65_HS1-834228961_62-HQ-83894_Section_3
Agency: FBI
Page 110
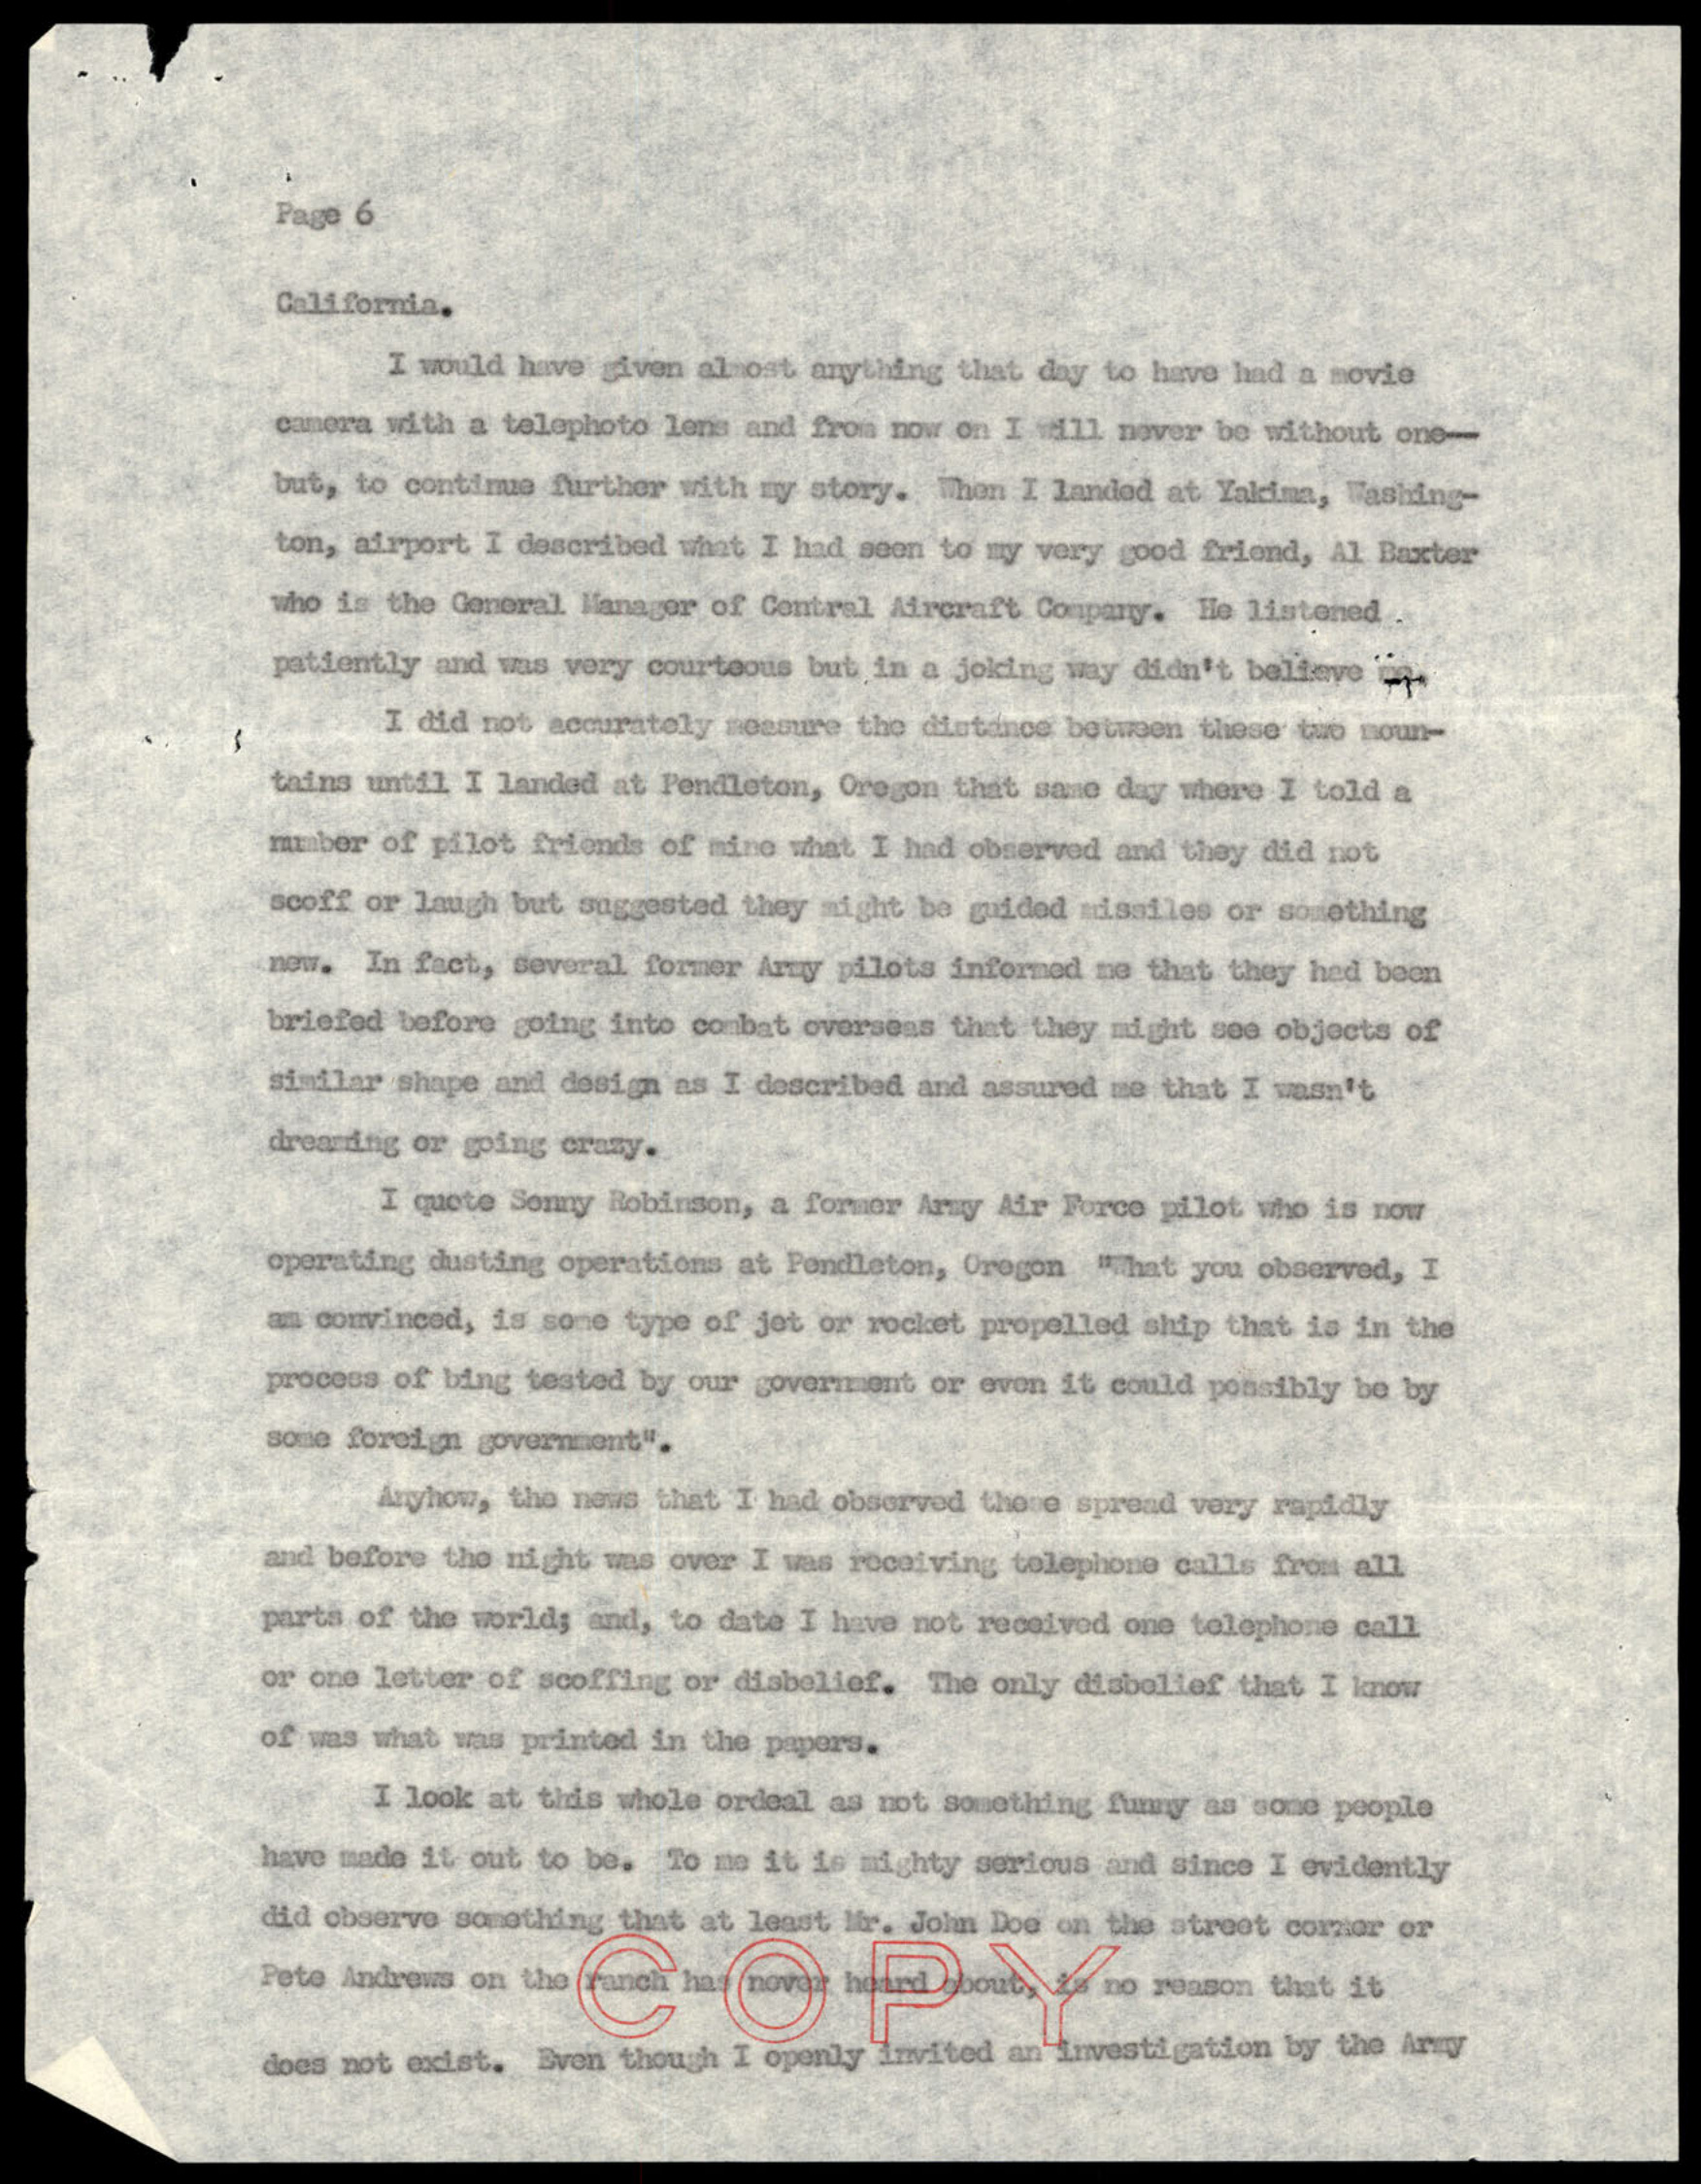